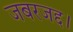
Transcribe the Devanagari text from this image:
जबरजद्द।